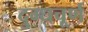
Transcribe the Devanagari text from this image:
दुग्धचूर्ण